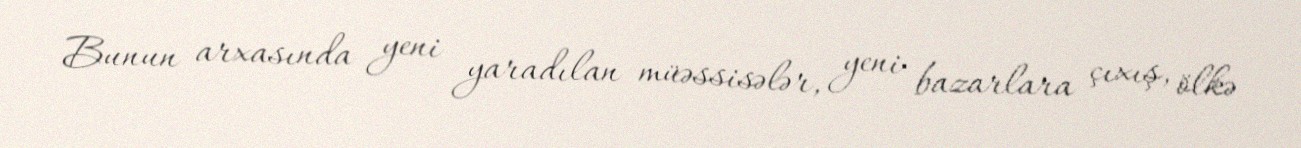
Bunun arxasında yeni yaradılan müəssisələr, yeni bazarlara çıxış, ölkə